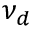
\nu _ { d }